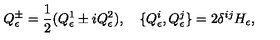
Q _ { \epsilon } ^ { \pm } = \frac { 1 } { 2 } ( Q _ { \epsilon } ^ { 1 } \pm i Q _ { \epsilon } ^ { 2 } ) , \quad \{ Q _ { \epsilon } ^ { i } , Q _ { \epsilon } ^ { j } \} = 2 \delta ^ { i j } H _ { \epsilon } ,